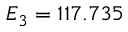
E _ { 3 } = 1 1 7 . 7 3 5